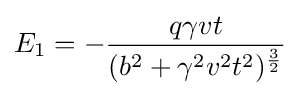
E_{1}=-{\frac {q\gamma vt}{(b^{2}+\gamma ^{2}v^{2}t^{2})^{\frac {3}{2}}}}